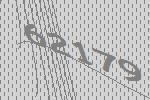
62179